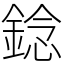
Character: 錜